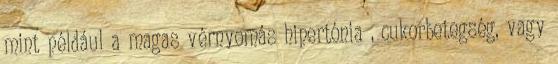
mint például a magas vérnyomás hipertónia , cukorbetegség, vagy